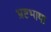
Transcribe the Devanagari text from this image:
भ्रष्टभाषा